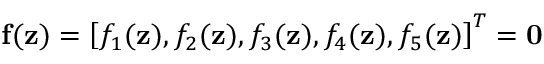
{ \bf f } ( { \bf z } ) = \left[ f _ { 1 } ( { \bf z } ) , f _ { 2 } ( { \bf z } ) , f _ { 3 } ( { \bf z } ) , f _ { 4 } ( { \bf z } ) , f _ { 5 } ( { \bf z } ) \right] ^ { T } = { \bf 0 }